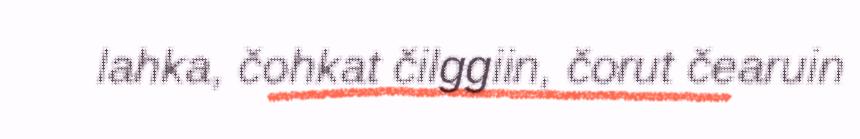
lahka, čohkat čilggiin, čorut čearuin